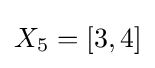
X_{5}=[3,4]